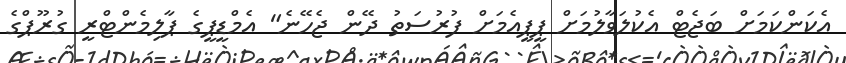
އެކަންކަމަށް ބަޖެޓް އެކުލަވާލުމަށް ޕީޕީއެމަށް ފުރުސަތު ދޭން ޖެހޭނެ" އެމްޑީޕީގެ ޕާލިމެންޓްރީ ގުރޫޕްގެ